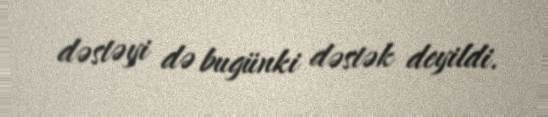
dəstəyi də bugünki dəstək deyildi.